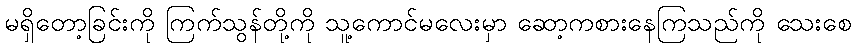
မရှိတော့ခြင်းကို ကြက်သွန်တို့ကို သူ့ကောင်မလေးမှာ ဆော့ကစားနေကြသည်ကို သေးစေ